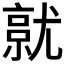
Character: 𡰔